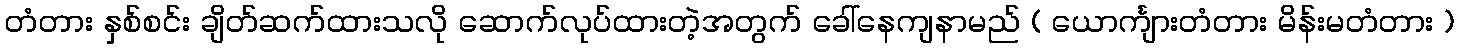
တံတား နှစ်စင်း ချိတ်ဆက်ထားသလို ဆောက်လုပ်ထားတဲ့အတွက် ခေါ်နေကျနာမည် ( ယောင်္ကျားတံတား မိန်းမတံတား )